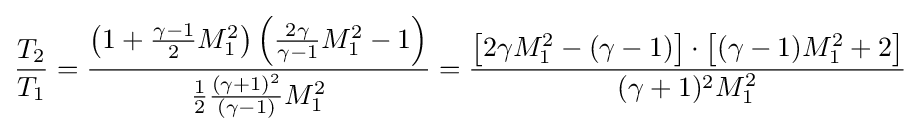
{{\frac {T_{2}}{T_{1}}}={\frac {\left(1+{\frac {\gamma -1}{2}}M_{1}^{2}\right)\left({\frac {2\gamma }{\gamma -1}}M_{1}^{2}-1\right)}{{\frac {1}{2}}{\frac {\left(\gamma +1\right)^{2}}{\left(\gamma -1\right)}}M_{1}^{2}}}}={\frac {\left[2\gamma M_{1}^{2}-(\gamma -1)\right]\cdot \left[(\gamma -1)M_{1}^{2}+2\right]}{(\gamma +1)^{2}M_{1}^{2}}}